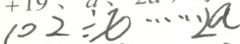
1 0 2 \div x \cdots 2 a